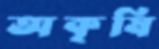
অকৃষি